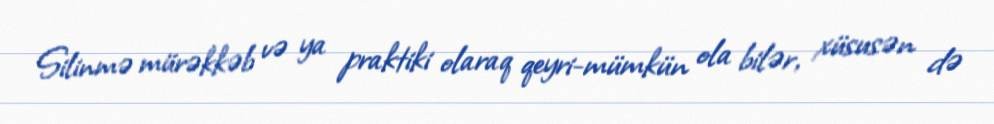
Silinmə mürəkkəb və ya praktiki olaraq qeyri-mümkün ola bilər, xüsusən də